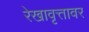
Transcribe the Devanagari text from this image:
रेखावृत्तावर